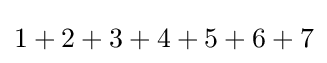
1+2+3+4+5+6+7